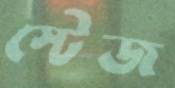
স্টেজ